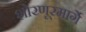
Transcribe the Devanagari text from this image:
शोरणूरमार्गे